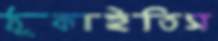
ঠুকাইতিস